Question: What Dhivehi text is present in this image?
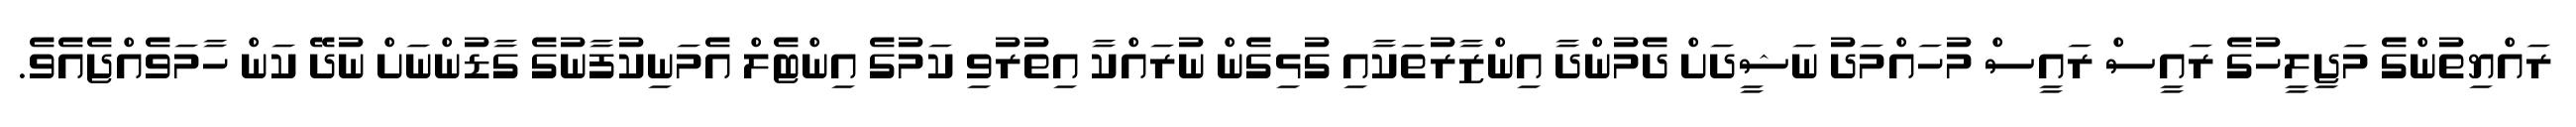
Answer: ރައްޔިތުންގެ މަޖިލީހުގެ ރައީސް ރައީސް މުހައްމަދު ނަޝީދަށް ދެމުންދާ އިންޒާރުތަކާއި ގުޅިގެން ނުރައްކާ އިތުރުވި ކަމުގެ އިންޓެލް އެމަނިކުފާނުގެ ގާޑުންނަށް ނުދޭ ކަން ހާމަވެއްޖެއެވެ.